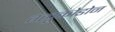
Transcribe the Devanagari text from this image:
ग्लूकोडोन